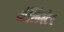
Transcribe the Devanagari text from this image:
अॅलिस्टेर